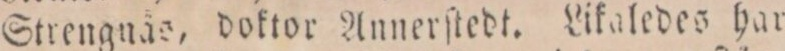
Strengnäs, doktor Annerſtedt. Likaledes har